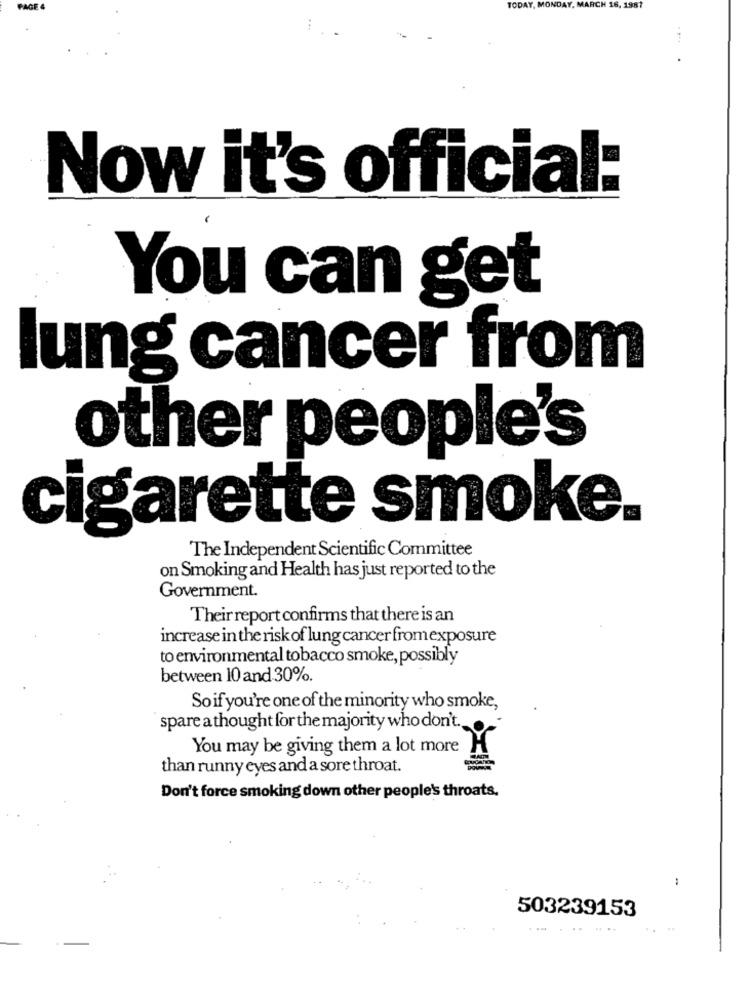
AGE
TODAY, MONDAY, MARCH 16, 1981
Now it's official:
You can get
lung cancer from
other people's
cigarette smoke.
The Independent Scientific Committee
on Smoking and Health has just reported to the
Government.
Their report confirms that there is an
increase in the risk of lung cancer fromexposure
to environmental tobacco smoke, possibly
between 10 and 30%.
So if you're one of the minority who smoke,
spare a thought for the majority who don't.
You may be giving them a lot more
than runny eyes and a sore throat.
Don't force smoking down other people's throats,
503239153
. ..